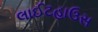
લાઈટહાઉસ